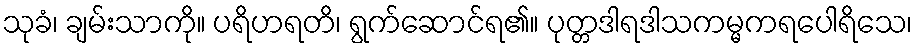
သုခံ၊ ချမ်းသာကို။ ပရိဟရတိ၊ ရွက်ဆောင်ရ၏။ ပုတ္တဒါရဒါသကမ္မကရပေါရိသေ၊